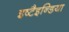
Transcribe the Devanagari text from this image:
इष्टैइन्डिया